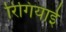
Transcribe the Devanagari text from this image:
रिंगियाई